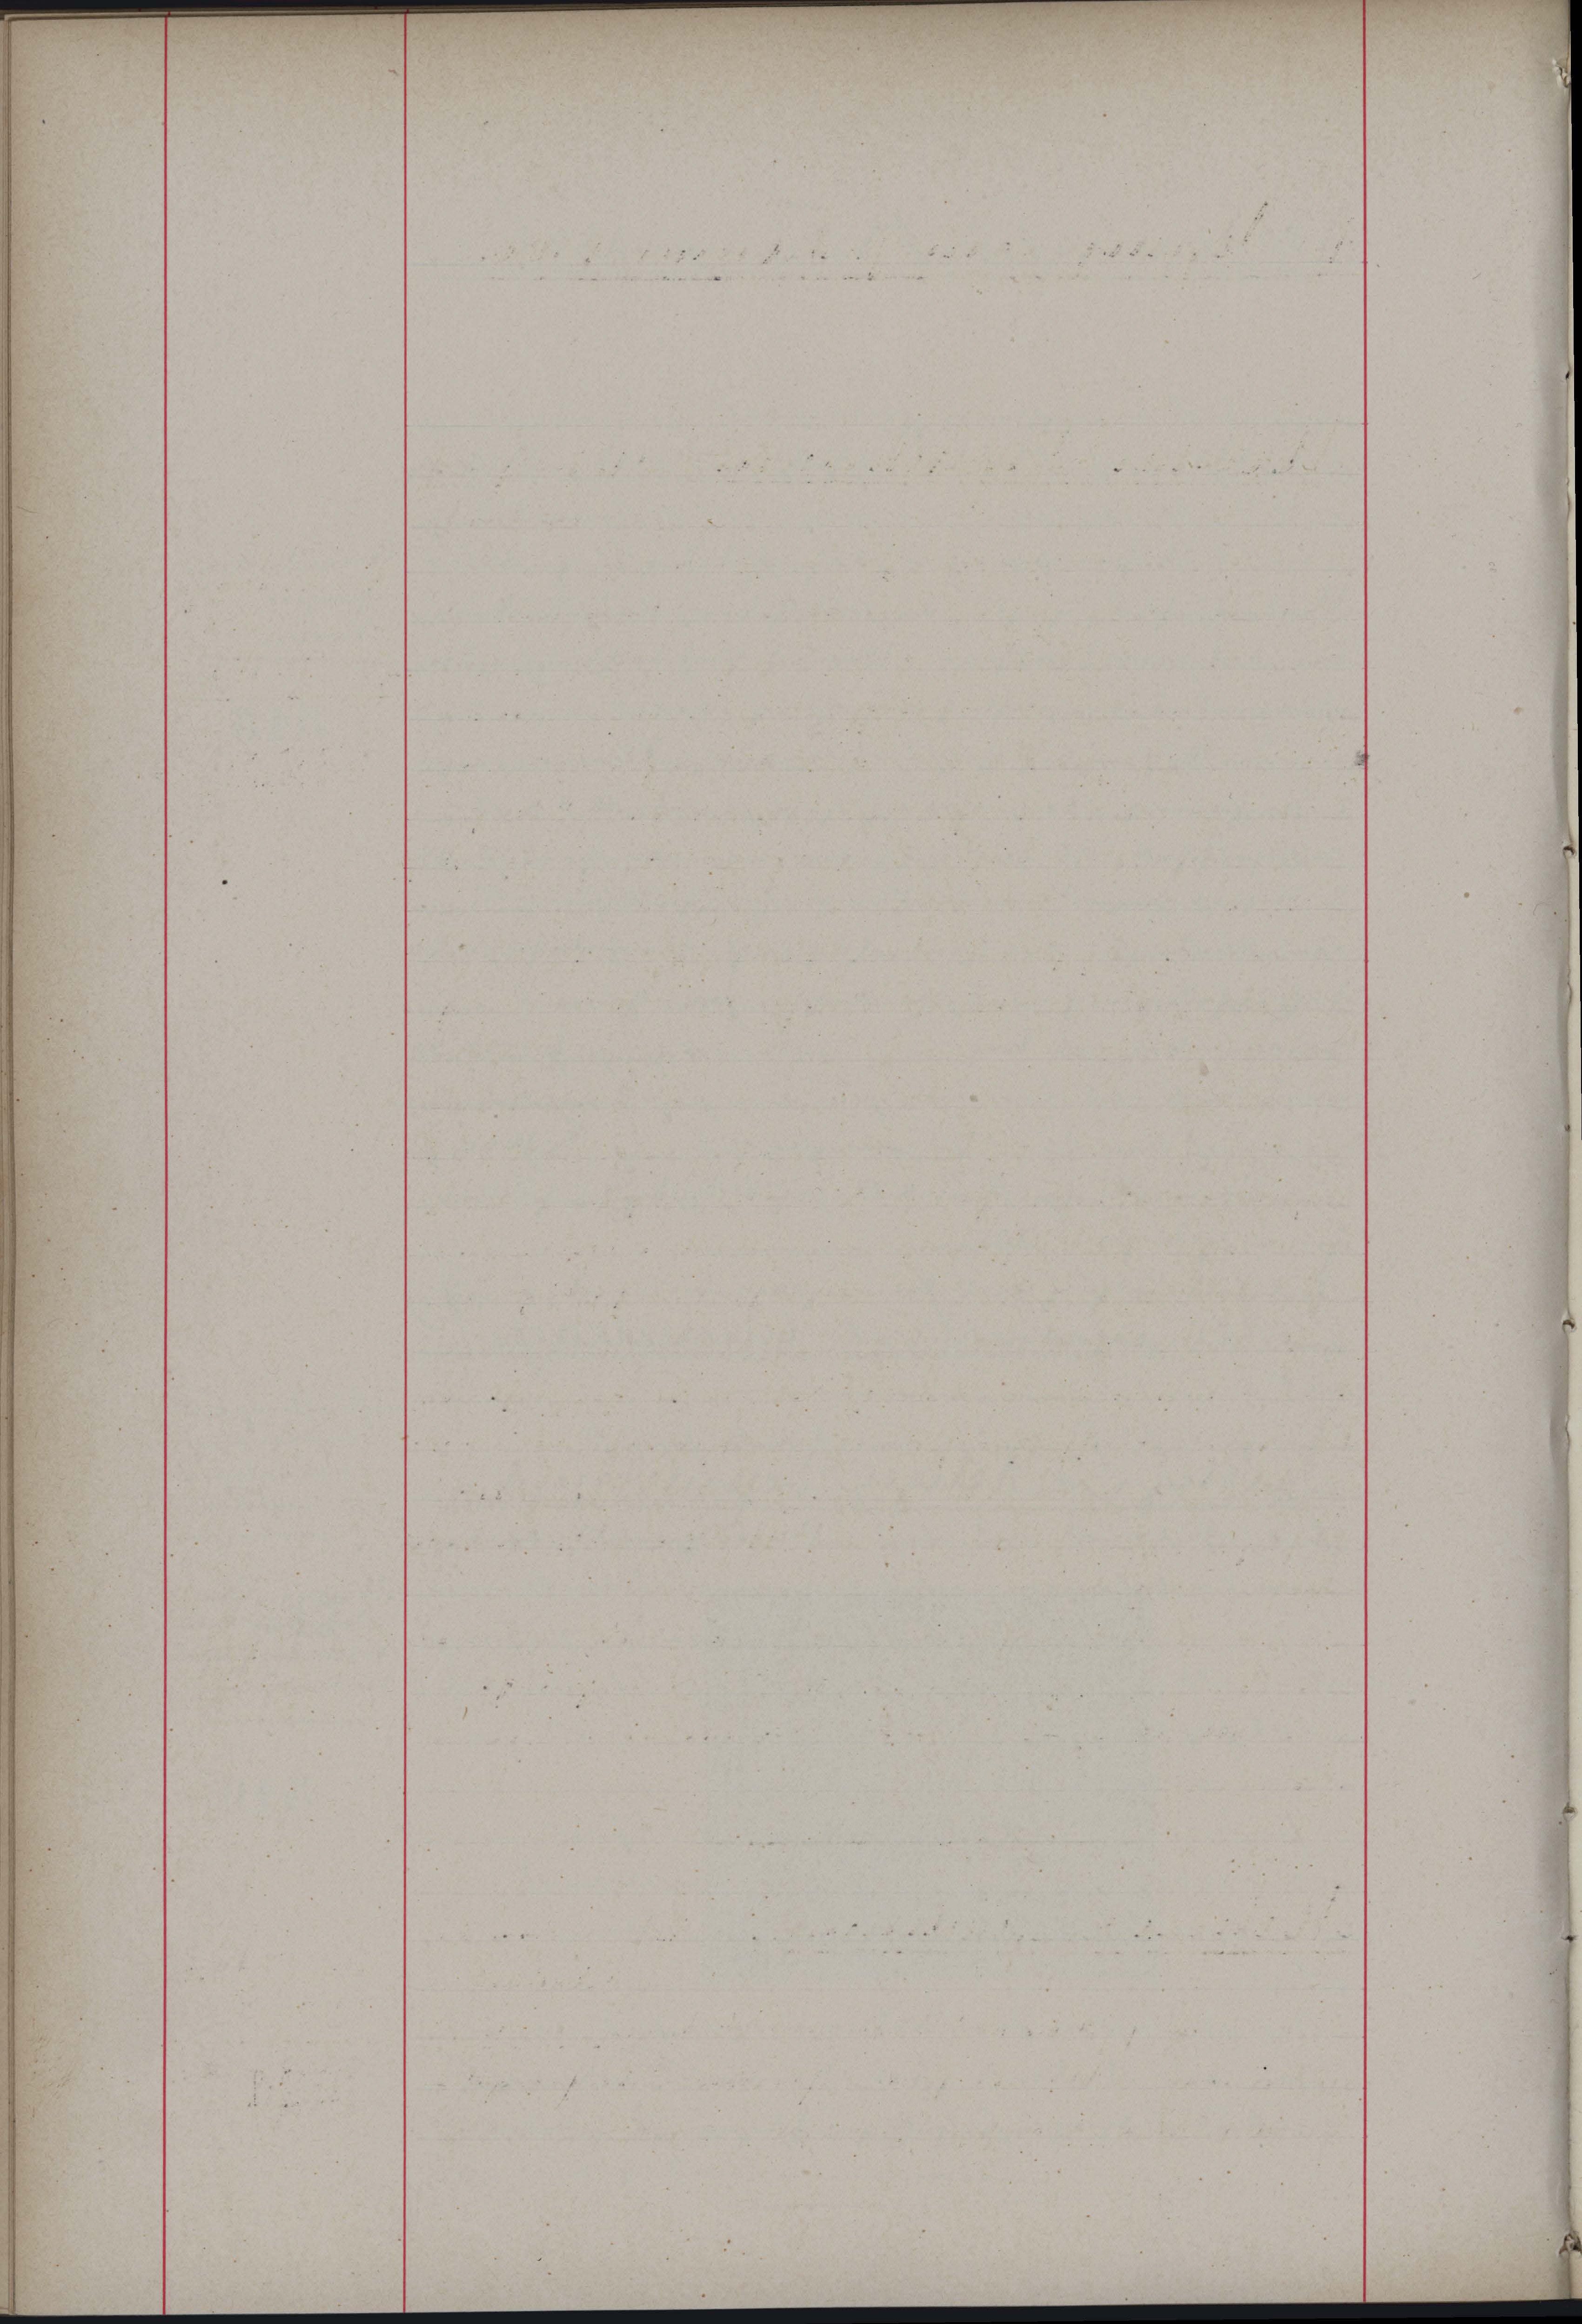
d

e